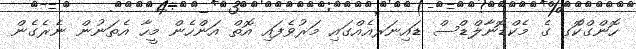
ހޮންގްކޮްގ ގެ މެކްޑޮނާލްޑްސް ޑައިނަރއެއްގައި މަރުވެފައި އޮތް އަންހެން މީހާ އެތަނުން ނެރެގެން